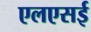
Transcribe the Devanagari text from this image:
एलएसई